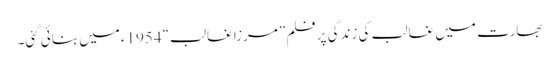
بھارت میں غالب کی زندگی پر فلم ”مرزا غالب“ 1954ءمیں بنائی گئی۔